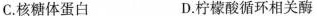
C.核糖体蛋白 D.柠檬酸循环相关酶